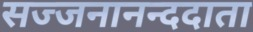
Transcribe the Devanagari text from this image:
सज्जनानन्ददाता